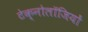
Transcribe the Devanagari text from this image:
टेक्नोलॉजियों